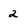
Character: 2